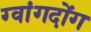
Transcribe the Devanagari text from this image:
ग्वांगदोंग